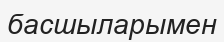
басшыларымен